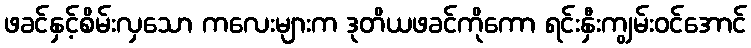
ဖခင်နှင့်စိမ်းလှသော ကလေးများက ဒုတိယဖခင်ကိုကော ရင်းနှီးကျွမ်းဝင်အောင်